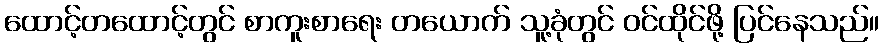
ထောင့်တထောင့်တွင် စာကူးစာရေး တယောက် သူ့ခုံတွင် ဝင်ထိုင်ဖို့ ပြင်နေသည်။